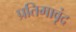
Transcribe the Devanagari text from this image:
प्रतिमावृंद